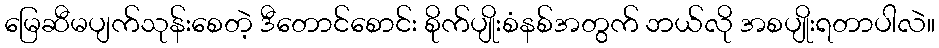
မြေဆီမပျက်သုန်းစေတဲ့ ဒီတောင်စောင်း စိုက်ပျိုးစံနစ်အတွက် ဘယ်လို အစပျိုးရတာပါလဲ။